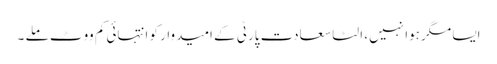
ایسا مگر ہوا نہیں، الٹا سعادت پارٹی کے امیدوار کو انتہائی کم ووٹ ملے ۔